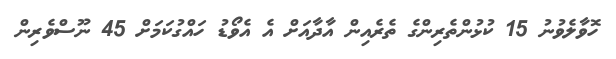
ހޮވާލެވުނު 15 ކުޅުންތެރިންގެ ތެރެއިން އާދާއަށް އެ އެވޯޑު ހައްގުކަމަށް 45 ނޫސްވެރިން